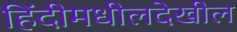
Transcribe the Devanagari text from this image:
हिंदीमधीलदेखील